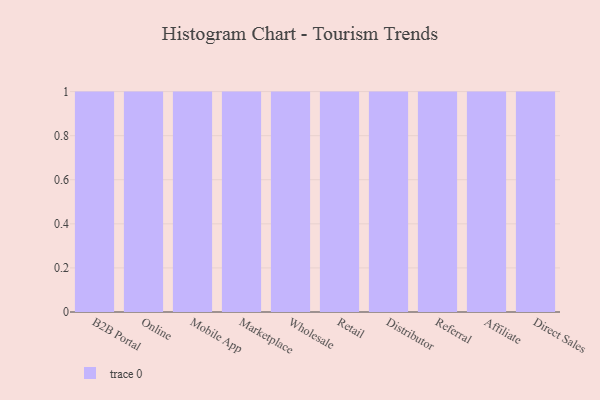
{"axis": {"x": "Channel", "y": "Gross Profit (USD K)"}, "legend": [""], "data": [{"x": "B2B Portal", "y": 76, "type": ""}, {"x": "Online", "y": 15, "type": ""}, {"x": "Mobile App", "y": 66, "type": ""}, {"x": "Marketplace", "y": 37, "type": ""}, {"x": "Wholesale", "y": 87, "type": ""}, {"x": "Retail", "y": 59, "type": ""}, {"x": "Distributor", "y": 15, "type": ""}, {"x": "Referral", "y": 35, "type": ""}, {"x": "Affiliate", "y": 29, "type": ""}, {"x": "Direct Sales", "y": 79, "type": ""}]}